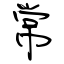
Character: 常